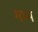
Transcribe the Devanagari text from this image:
गम्भ